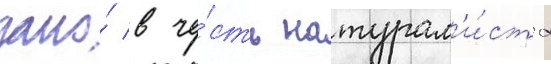
дано́ в че́сть натурал'и́ста